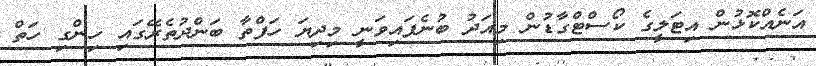
އަނެއްކޮޅުން އިޓަލީގެ ކޯސްޓްގާޑުން މިއަދު ބުނެފައިވަނީ މިދިޔަ ހަފްތާ ބަންދުތެރޭގައި ހިންގި ހަތް